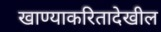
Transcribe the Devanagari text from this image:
खाण्याकरितादेखील